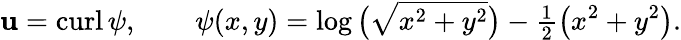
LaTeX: {\mathbf u}={\mathrm{curl}\, }\psi,\qquad\psi(x,y)=\log\big(\sqrt{x^{2}+y^{2}}\big)-{\textstyle{\frac{1}{2}}}\big(x^{2}+y^{2}\big).